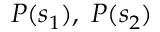
P ( s _ { 1 } ) , \; P ( s _ { 2 } )